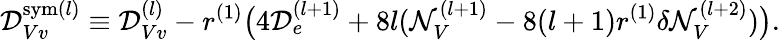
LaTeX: {\cal D}_{Vv}^{\mathrm{sym}(l)}\equiv{\cal D}_{Vv}^{(l)}-r^{(1)}\bigl(4{\cal D}_{e}^{(l+1)}+8l({\cal N}_{V}^{(l+1)}-8(l+1)r^{(1)}\delta{\cal N}_{V}^{(l+2)})\bigr).